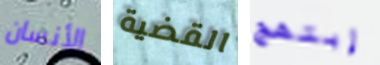
الأنسان القضية إبتهج